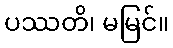
ပဿတိ၊ မမြင်။